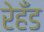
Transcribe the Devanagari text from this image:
रेहँड